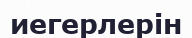
иегерлерін